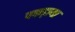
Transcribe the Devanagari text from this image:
पकड़ाया